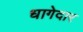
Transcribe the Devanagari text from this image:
धागेदार